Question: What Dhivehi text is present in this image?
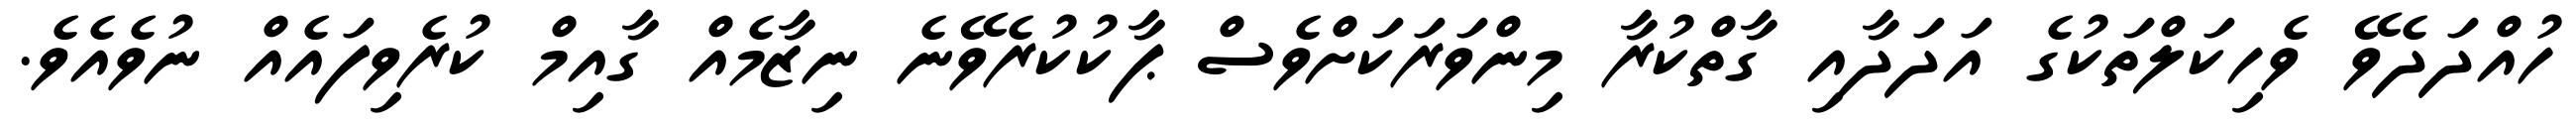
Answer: ހުއްދަދެވޭ ވެހިކަލްތަކުގެ އަދަދާއި ގާތްކުރާ މިންވަރަކަށްވެސް ޕާކުކުރެވޭނެ ނިޒާމެއް ގާއިމް ކުރެވިފައެއް ނުވެއެވެ.